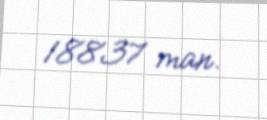
18837 man.